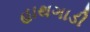
હાથગાડી